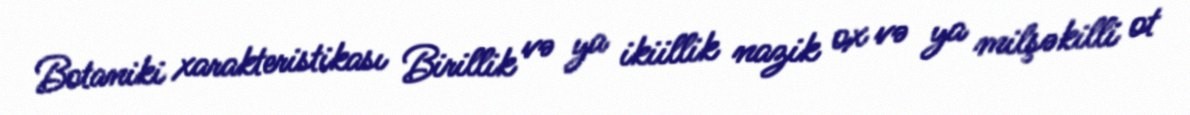
Botaniki xarakteristikası Birillik və ya ikiillik nazik ox və ya milşəkilli ot